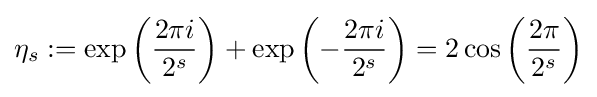
\eta _{s}:=\exp \left({\frac {2\pi i}{2^{s}}}\right)+\exp \left(-{\frac {2\pi i}{2^{s}}}\right)=2\cos \left({\frac {2\pi }{2^{s}}}\right)